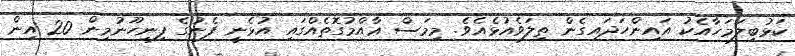
ކަޅުބިލަމަހާއެކު އައިންހަދައިގެން ތިލަވެއުޅެއެވެ. މިމަސް ޢާއްމުގޮތެއްގައި އުޅެނީ ފެނުގެ ފިނިހޫނުމިން 20 އިން